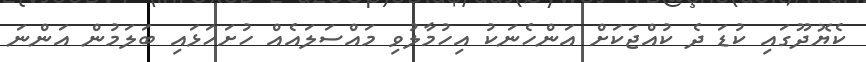
ކެޔޮދޫގައި ކުޑަ ދެ ކުއްޖަކަށް އަންހެނަކު އިހުމާލުވި މައްސަލައެއް ހުށަހަޅައި ބަލަމުން އަންނަ